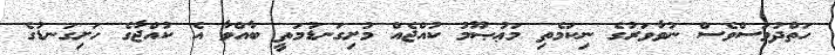
ހަތްދުވަސްވެސް ނުވާވަރުގެ ނިކަމެތި މަޢުޞޫމު ކުއްޖެއް މުށިގަނޑުމަތީ ބާއްވާ އެ ކުއްޖާގެ ހަށިގަނޑުގެ